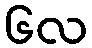
၆လ